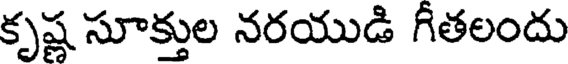
కృష్ణ సూక్తుల నరయుడి గీతలందు